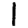
Digit: 1